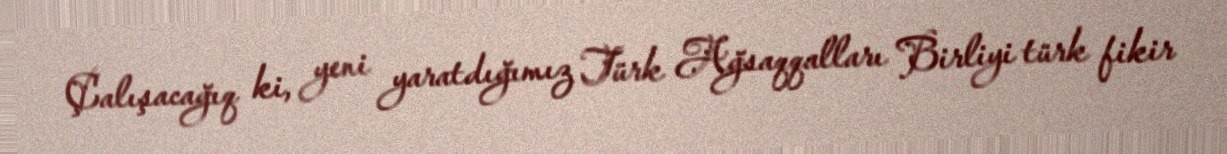
Çalışacağıq ki, yeni yaratdığımız Türk Ağsaqqalları Birliyi türk fikir